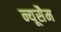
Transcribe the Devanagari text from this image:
न्यूसैम